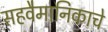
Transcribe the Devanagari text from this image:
सहवैमानिकाचे